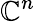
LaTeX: \mathbf{\mathbb{C}}^{n}